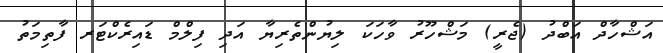
އަޝްހާދް އަބްދު (ޖެރީ) މަޝްހޫރު ވާހަކަ ލިޔުންތެރިޔާ އަދި ފިލްމް ޑައިރެކްޓަރ ފާތިމަތު